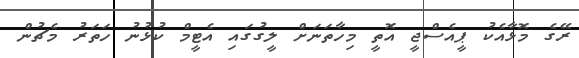
ރޭގެ މޮޅާއެކު ޕީއެސްޖީ އޮތީ މިހާތަނަށް ލީގުގައި އެޓީމް ކުޅުނު ހަތަރު މެޗުން